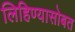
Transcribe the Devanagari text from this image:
लिहिण्यासोबत